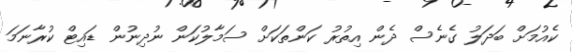
ކެއުމަށް ބަދަލު ގެނެސް ދެން އިތުރު ކަންތަކަށް ސަމާލުކަން ނުދިނުން ޑައިޓް ކުރާނަމަ